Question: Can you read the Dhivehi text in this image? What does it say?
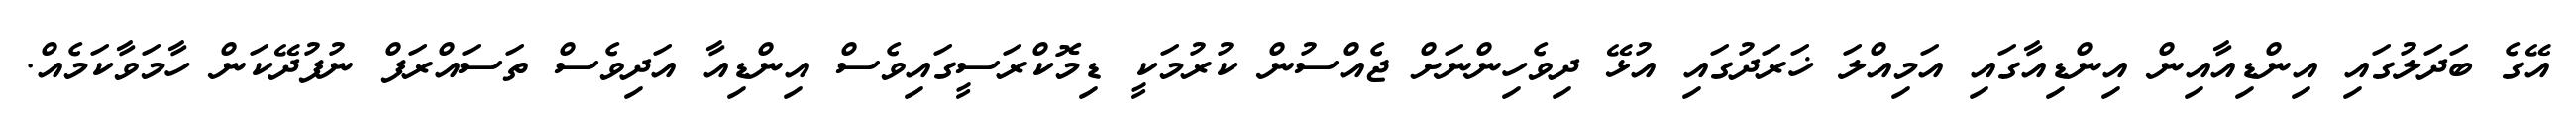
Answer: އޭގެ ބަދަލުގައި އިންޑިއާއިން އިންޑިއާގައި އަމިއްލަ ޚަރަދުގައި އުޅޭ ދިވެހިންނަށް ޖެއްސުން ކުރުމަކީ ޑިމޮކްރަސީގައިވެސް އިންޑިއާ އަދިވެސް ތަސައްރަފް ނުފުދޭކަން ހާމަވާކަމެއް.